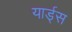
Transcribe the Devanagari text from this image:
यार्ड्‌स